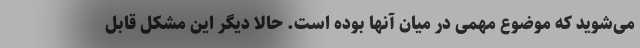
می‌شوید که موضوع مهمی در میان آنها بوده است. حالا دیگر این مشکل قابل